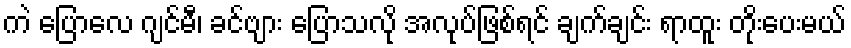
ကဲ ပြောလေ ဂျင်မီ၊ ခင်ဗျား ပြောသလို အလုပ်ဖြစ်ရင် ချက်ချင်း ရာထူး တိုးပေးမယ်